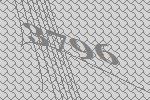
3796